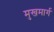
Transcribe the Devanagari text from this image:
मुखमार्ग